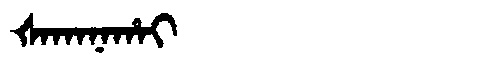
Manchu: ᡧᠠᡴᠠᠨᠠᡥᠠᡳ
Romanization: ŠAKANAHAI